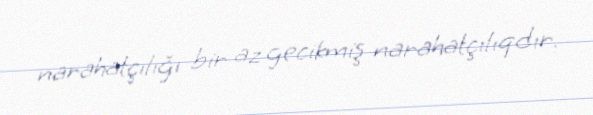
narahatçılığı bir az gecikmiş narahatçılıqdır.